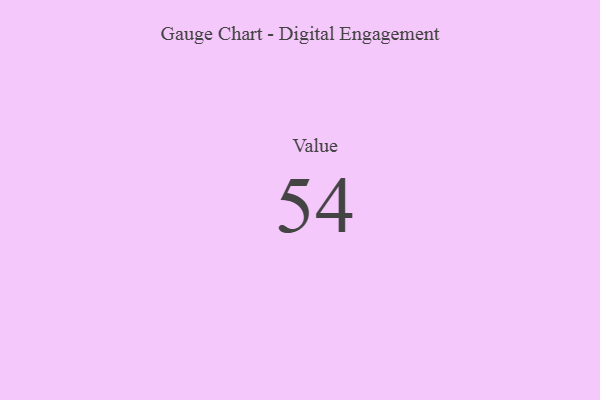
{"axis": {"x": "Metric", "y": "Value"}, "legend": [""], "data": [{"x": "Value", "y": 54, "type": ""}]}